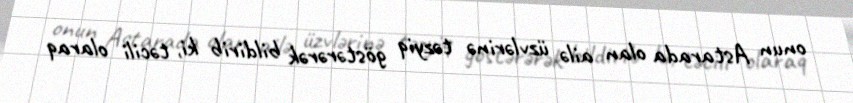
onun Astarada olan ailə üzvlərinə təzyiq göstərərək bildirib ki, təcili olaraq